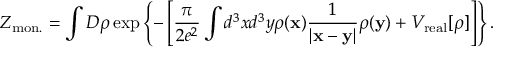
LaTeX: { \cal Z } _ { \mathrm { m o n . } } = \int D \rho \exp \left\{ - \left[ \frac { \pi } { 2 e ^ { 2 } } \int d ^ { 3 } x d ^ { 3 } y \rho ( { \bf x } ) \frac { 1 } { | { \bf x } - { \bf y } | } \rho ( { \bf y } ) + V _ { \mathrm { r e a l } } [ \rho ] \right] \right\} .